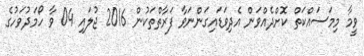
ވީމާ މިމަސައްކަތް ކޮށްދެއްވަން އެދިވަޑައިގަންނަވާ ފަރާތްތަކުން 2016 ޖުލައި 04 ވާ ހޯމަދުވަހުގެ